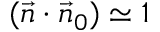
( \vec { n } \cdot \vec { n } _ { 0 } ) \simeq 1